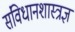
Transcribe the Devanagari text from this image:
संविधानशास्त्रज्ञ